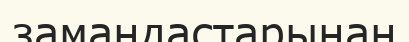
замандастарынан